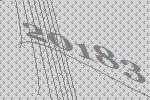
20183